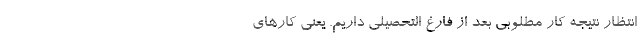
انتظار نتیجه کار مطلوبی بعد از فارغ التحصیلی داریم. یعنی کار‌های